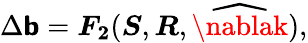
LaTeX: \Delta\boldsymbol{\mathsf{b}}=\boldsymbol{F_{2}}(\boldsymbol{S},\boldsymbol{R},\widehat{{\nablak}}),